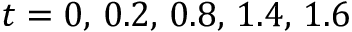
t = 0 , \, 0 . 2 , \, 0 . 8 , \, 1 . 4 , \, 1 . 6